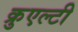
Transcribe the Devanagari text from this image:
क्रुएल्टी